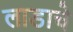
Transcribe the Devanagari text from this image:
लाडाचे